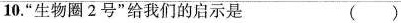
10.”生物圈2号”给我们的启示是（ ）